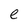
Character: e